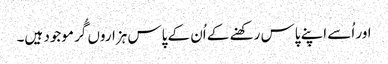
اور اُسے اپنے پاس رکھنے کے اُن کے پاس ہزاروں گُر موجود ہیں۔